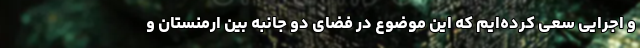
و اجرایی سعی کرده‌ایم که این موضوع در فضای دو جانبه بین ارمنستان و